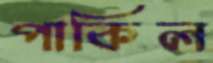
পাকিল